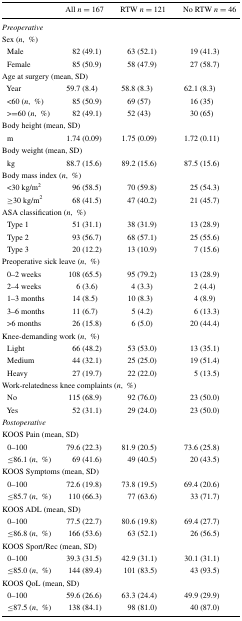
<table><thead><tr><td></td><td><b>All <i>n</i> = 167</b></td><td><b>RTW <i>n</i> = 121</b></td><td><b>No RTW <i>n</i> = 46</b></td></tr></thead><tbody><tr><td colspan="4"><i>Preoperative</i></td></tr><tr><td colspan="4">Sex (<i>n</i>,%)</td></tr><tr><td> Male</td><td>82 (49.1)</td><td>63 (52.1)</td><td>19 (41.3)</td></tr><tr><td> Female</td><td>85 (50.9)</td><td>58 (47.9)</td><td>27 (58.7)</td></tr><tr><td colspan="4">Age at surgery (mean, SD)</td></tr><tr><td> Year</td><td>59.7 (8.4)</td><td>58.8 (8.3)</td><td>62.1 (8.3)</td></tr><tr><td> &lt;60 (<i>n</i>,%)</td><td>85 (50.9)</td><td>69 (57)</td><td>16 (35)</td></tr><tr><td> &gt;=60 (<i>n</i>,%)</td><td>82 (49.1)</td><td>52 (43)</td><td>30 (65)</td></tr><tr><td colspan="4">Body height (mean, SD)</td></tr><tr><td> m</td><td>1.74 (0.09)</td><td>1.75 (0.09)</td><td>1.72 (0.11)</td></tr><tr><td colspan="4">Body weight (mean, SD)</td></tr><tr><td> kg</td><td>88.7 (15.6)</td><td>89.2 (15.6)</td><td>87.5 (15.6)</td></tr><tr><td colspan="4">Body mass index (<i>n</i>,%)</td></tr><tr><td> &lt;30 kg/m<sup>2</sup></td><td>96 (58.5)</td><td>70 (59.8)</td><td>25 (54.3)</td></tr><tr><td> ≥30 kg/m<sup>2</sup></td><td>68 (41.5)</td><td>47 (40.2)</td><td>21 (45.7)</td></tr><tr><td colspan="4">ASA classification (<i>n</i>,%)</td></tr><tr><td> Type 1</td><td>51 (31.1)</td><td>38 (31.9)</td><td>13 (28.9)</td></tr><tr><td> Type 2</td><td>93 (56.7)</td><td>68 (57.1)</td><td>25 (55.6)</td></tr><tr><td> Type 3</td><td>20 (12.2)</td><td>13 (10.9)</td><td>7 (15.6)</td></tr><tr><td colspan="4">Preoperative sick leave (<i>n</i>,%)</td></tr><tr><td> 0–2 weeks</td><td>108 (65.5)</td><td>95 (79.2)</td><td>13 (28.9)</td></tr><tr><td> 2–4 weeks</td><td>6 (3.6)</td><td>4 (3.3)</td><td>2 (4.4)</td></tr><tr><td> 1–3 months</td><td>14 (8.5)</td><td>10 (8.3)</td><td>4 (8.9)</td></tr><tr><td> 3–6 months</td><td>11 (6.7)</td><td>5 (4.2)</td><td>6 (13.3)</td></tr><tr><td> &gt;6 months</td><td>26 (15.8)</td><td>6 (5.0)</td><td>20 (44.4)</td></tr><tr><td colspan="4">Knee-demanding work (<i>n</i>,%)</td></tr><tr><td> Light</td><td>66 (48.2)</td><td>53 (53.0)</td><td>13 (35.1)</td></tr><tr><td> Medium</td><td>44 (32.1)</td><td>25 (25.0)</td><td>19 (51.4)</td></tr><tr><td> Heavy</td><td>27 (19.7)</td><td>22 (22.0)</td><td>5 (13.5)</td></tr><tr><td colspan="4">Work-relatedness knee complaints (<i>n</i>,%)</td></tr><tr><td> No</td><td>115 (68.9)</td><td>92 (76.0)</td><td>23 (50.0)</td></tr><tr><td> Yes</td><td>52 (31.1)</td><td>29 (24.0)</td><td>23 (50.0)</td></tr><tr><td colspan="4"><i>Postoperative</i></td></tr><tr><td colspan="4">KOOS Pain (mean, SD)</td></tr><tr><td> 0–100</td><td>79.6 (22.3)</td><td>81.9 (20.5)</td><td>73.6 (25.8)</td></tr><tr><td> ≤86.1 (<i>n</i>,%)</td><td>69 (41.6)</td><td>49 (40.5)</td><td>20 (43.5)</td></tr><tr><td colspan="4">KOOS Symptoms (mean, SD)</td></tr><tr><td> 0–100</td><td>72.6 (19.8)</td><td>73.8 (19.5)</td><td>69.4 (20.6)</td></tr><tr><td> ≤85.7 (<i>n</i>,%)</td><td>110 (66.3)</td><td>77 (63.6)</td><td>33 (71.7)</td></tr><tr><td colspan="4">KOOS ADL (mean, SD)</td></tr><tr><td> 0–100</td><td>77.5 (22.7)</td><td>80.6 (19.8)</td><td>69.4 (27.7)</td></tr><tr><td> ≤86.8 (<i>n</i>,%)</td><td>166 (53.6)</td><td>63 (52.1)</td><td>26 (56.5)</td></tr><tr><td colspan="4">KOOS Sport/Rec (mean, SD)</td></tr><tr><td> 0–100</td><td>39.3 (31.5)</td><td>42.9 (31.1)</td><td>30.1 (31.1)</td></tr><tr><td> ≤85.0 (<i>n</i>,%)</td><td>144 (89.4)</td><td>101 (83.5)</td><td>43 (93.5)</td></tr><tr><td colspan="4">KOOS QoL (mean, SD)</td></tr><tr><td> 0–100</td><td>59.6 (26.6)</td><td>63.3 (24.4)</td><td>49.9 (29.9)</td></tr><tr><td> ≤87.5 (<i>n</i>,%)</td><td>138 (84.1)</td><td>98 (81.0)</td><td>40 (87.0)</td></tr></tbody></table>